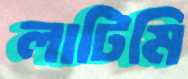
লাটিমি